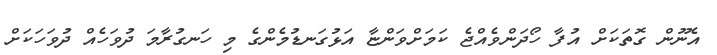
އެނޫން ގޮތަކަށް އުފާ ހޯދަންވެއްޖެ ކަމަށްވަންޏާ އަޅުގަނޑުމެންގެ މި ހަނގުރާމަ ދުވަހެއް ދުވަހަކަށް